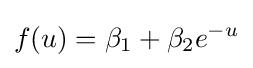
f(u)=\beta _{1}+\beta _{2}e^{-u}